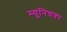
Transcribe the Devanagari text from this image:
म्युनिचवर